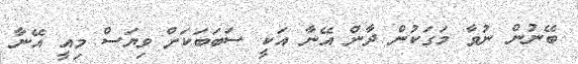
ބޭނުން ނުވާ މަގަކުން ދާން އޭނާ އަކީ ސަބަބަކަށް ވިޔަސް މިއީ އޭނާ